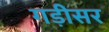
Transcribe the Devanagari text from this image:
गड़ीसर